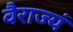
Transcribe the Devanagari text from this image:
वैराज्यं